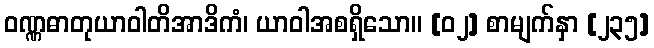
ဝဏ္ဏဓာတုယာဝါတိအာဒိကံ၊ ယာဝါအစရှိသော။ [၀၂] စာမျက်နှာ [၂၃၅]